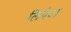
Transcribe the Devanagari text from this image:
लिपेटा